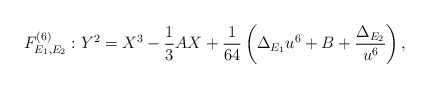
\begin{align*} F^{(6)}_{E_1, E_2} : Y^2 = X^3-\frac{1}{3}AX + \frac{1}{64}\left( \Delta_{E_1} u^6 + B+\frac{\Delta_{E_2}}{u^6}\right),\end{align*}